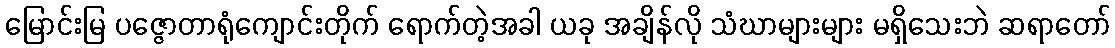
မြောင်းမြ ပဇ္ဇောတာရုံကျောင်းတိုက် ရောက်တဲ့အခါ ယခု အချိန်လို သံဃာများများ မရှိသေးဘဲ ဆရာတော်